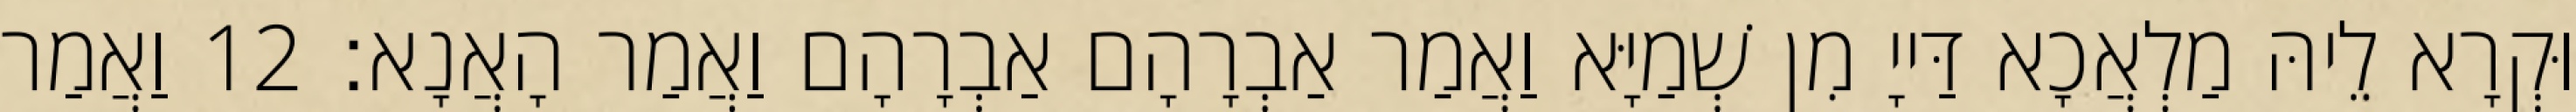
וּקְרָא לֵיהּ מַלְאֲכָא דַּייָ מִן שְׁמַיָּא וַאֲמַר אַבְרָהָם אַבְרָהָם וַאֲמַר הָאֲנָא׃ 12 וַאֲמַר